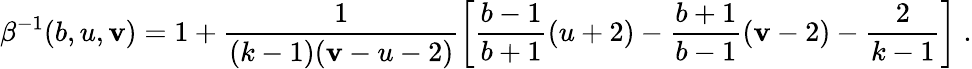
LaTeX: \beta^{-1}(b,u,\mathbf{v})=1+\frac{{1}}{{(k-1)(\mathbf{v}-u-2)}}\left[\frac{{b-1}}{{b+1}}(u+2)-\frac{{b+1}}{{b-1}}(\mathbf{v}-2)-\frac{{2}}{{k-1}}\right]\; .